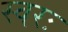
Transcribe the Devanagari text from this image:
स्वरः